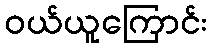
ဝယ်ယူကြောင်း